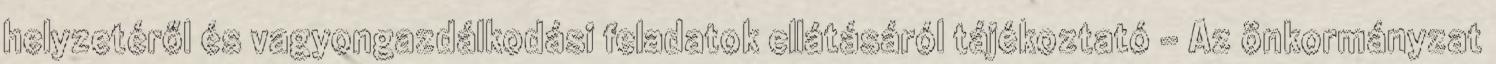
helyzetéről és vagyongazdálkodási feladatok ellátásáról tájékoztató - Az önkormányzat